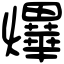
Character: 𤒹